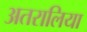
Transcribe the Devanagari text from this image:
अतरालिया